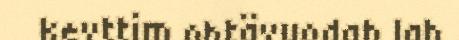
kevttim ohtävuodah lah